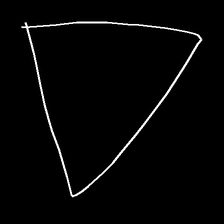
Glyph: convergence